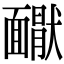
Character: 𩉇